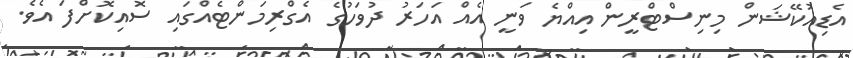
އެޑިއުކޭޝަން މިނިސްޓްރީން އިއްޔެ ވަނީ އެއް އަހަރު ދުވަހުގެ އެގްރިމަންޓެއްގައި ސޮއިކޮށްފަ އެވެ.